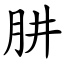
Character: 肼